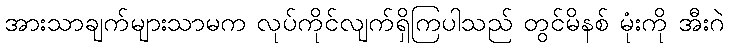
အားသာချက်များသာမက လုပ်ကိုင်လျက်ရှိကြပါသည် တွင်မိနစ် မုံးကို အီးဂဲ